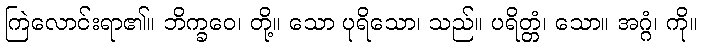
ကြဲလောင်းရာ၏။ ဘိက္ခဝေ၊ တို့။ သော ပုရိသော၊ သည်။ ပရိတ္တံ၊ သော။ အဂ္ဂံ၊ ကို။